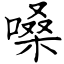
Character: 嗓